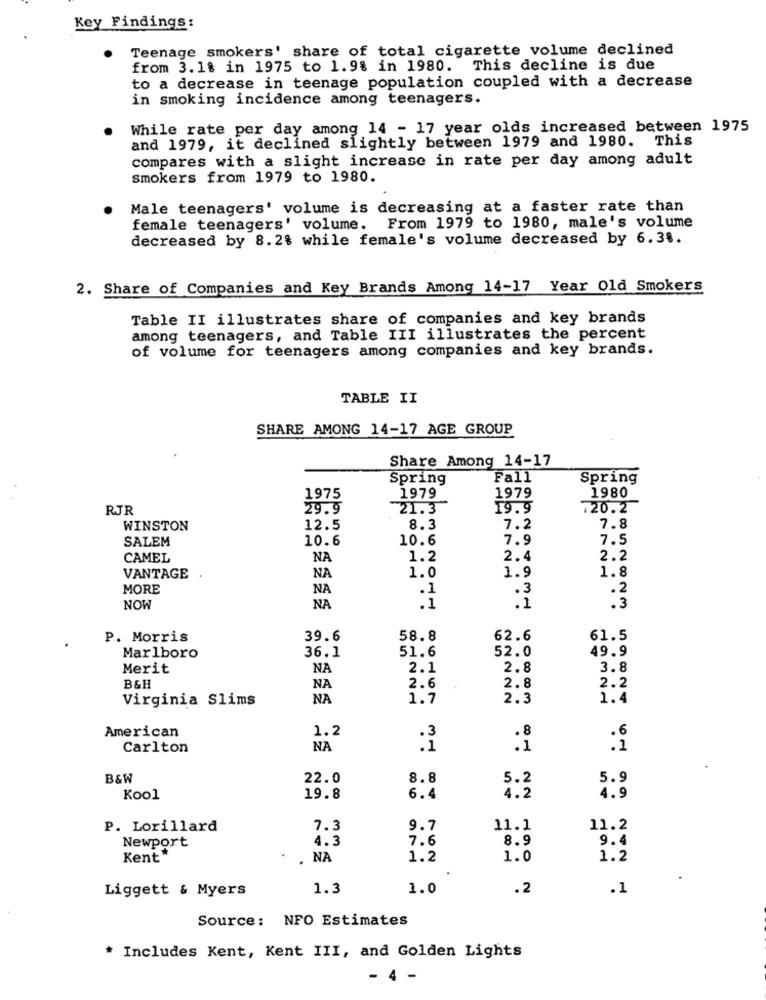
Key Findings:
Teenage smokers' share of total cigarette volume declined
from 3. 18 in 1975 to 1.9% in 1980. This decline is due
to a decrease in teenage population coupled with a decrease
in smoking incidence among teenagers.
While rate per day among 14 - 17 year olds increased between 1975
and 1979, it declined slightly between 1979 and 1980. This
compares with a slight increase in rate per day among adult
smokers from 1979 to 1980.
Male teenagers' volume is decreasing at a faster rate than
From 1979 to 1980, male's volume
female teenagers' volume.
decreased by 8.2% while female's volume decreased by 6.38.
2. Share of Companies and Key Brands Among 14-17 Year Old Smokers
Table II illustrates share of companies and key brands
among teenagers, and Table III illustrates the percent
of volume for teenagers among companies and key brands.
TABLE II
SHARE AMONG 14-17 AGE GROUP
Share Among 14-17
Spring
Fall
Spring
1975
1979
1979
1980
RJR
29.9
21.3
19.9
720.2
WINSTON
12.5
8.3
7.2
7.8
SALEM
10.6
10.6
7.9
7.5
CAMEL
NA
1.2
2.4
2.2
1.8
VANTAGE
NA
1.0
1.9
MORE
NA
.3
.2
NOW
NA
.3
P. Morris
39.6
58.8
62.6
61.5
Marlboro
36.1
51.6
52.0
49.9
Merit
NA
2.1
2.8
3.8
B&H
NA
2.6
2.8
2.2
Virginia Slims
NA
1.7
2.3
1.4
American
1.2
.8
Carlton
NA
: i
B&W
22.0
8.8
5.2
5.9
Kool
19.8
6.4
4.2
4.9
P. Lorillard
7.3
9.7
11.1
11.2
Newport
4.3
7.6
8.9
9.4
Kent*
. NA
1.2
1.0
1.2
Liggett & Myers
1.3
1.0
.2
.1
Source: NFO Estimates
Includes Kent, Kent III, and Golden Lights
- 4 -